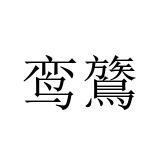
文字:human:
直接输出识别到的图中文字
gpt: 鸾鷟